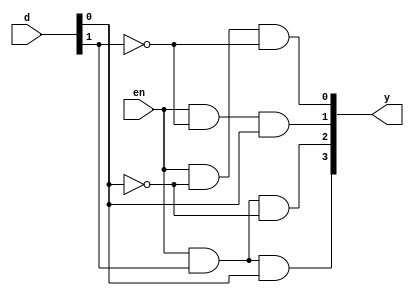
module decoder(en,d,y);
input [1:0]d;
input en;
output [3:0]y;
assign y[0]=(en&~d[0]&~d[1]);
assign y[1]=(en&~d[1]&d[0]);
assign y[2]=(en&d[1]&~d[0]);
assign y[3]=(en&d[1]&d[0]);
endmodule